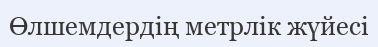
Өлшемдердің метрлік жүйесі